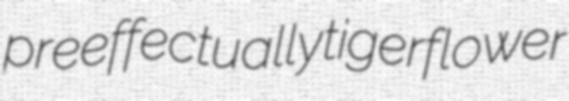
preeffectually tigerflower